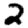
Digit: 2